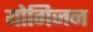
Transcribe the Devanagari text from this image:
योगिजन